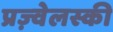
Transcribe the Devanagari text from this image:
प्रज़्वेलस्की